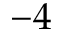
- 4